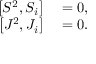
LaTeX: \begin{array} { r l } { \left\lbrack S ^ { 2 } , S _ { i } \right\rbrack } & { { } = 0 , } \\ { \left\lbrack J ^ { 2 } , J _ { i } \right\rbrack } & { { } = 0 . } \end{array}